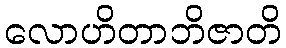
လောဟိတာဘိဇာတိ